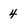
Character: 4